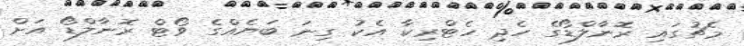
މެޗުގައި ރޮނާލްޑޯގެ ހެދި ހެޓްރިކާ އެކު ގިނަ ބަޔެއްގެ ވޯޓް ރޮނާލްޑޯ އަށް